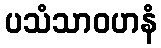
ပသံသာဝဟနံ